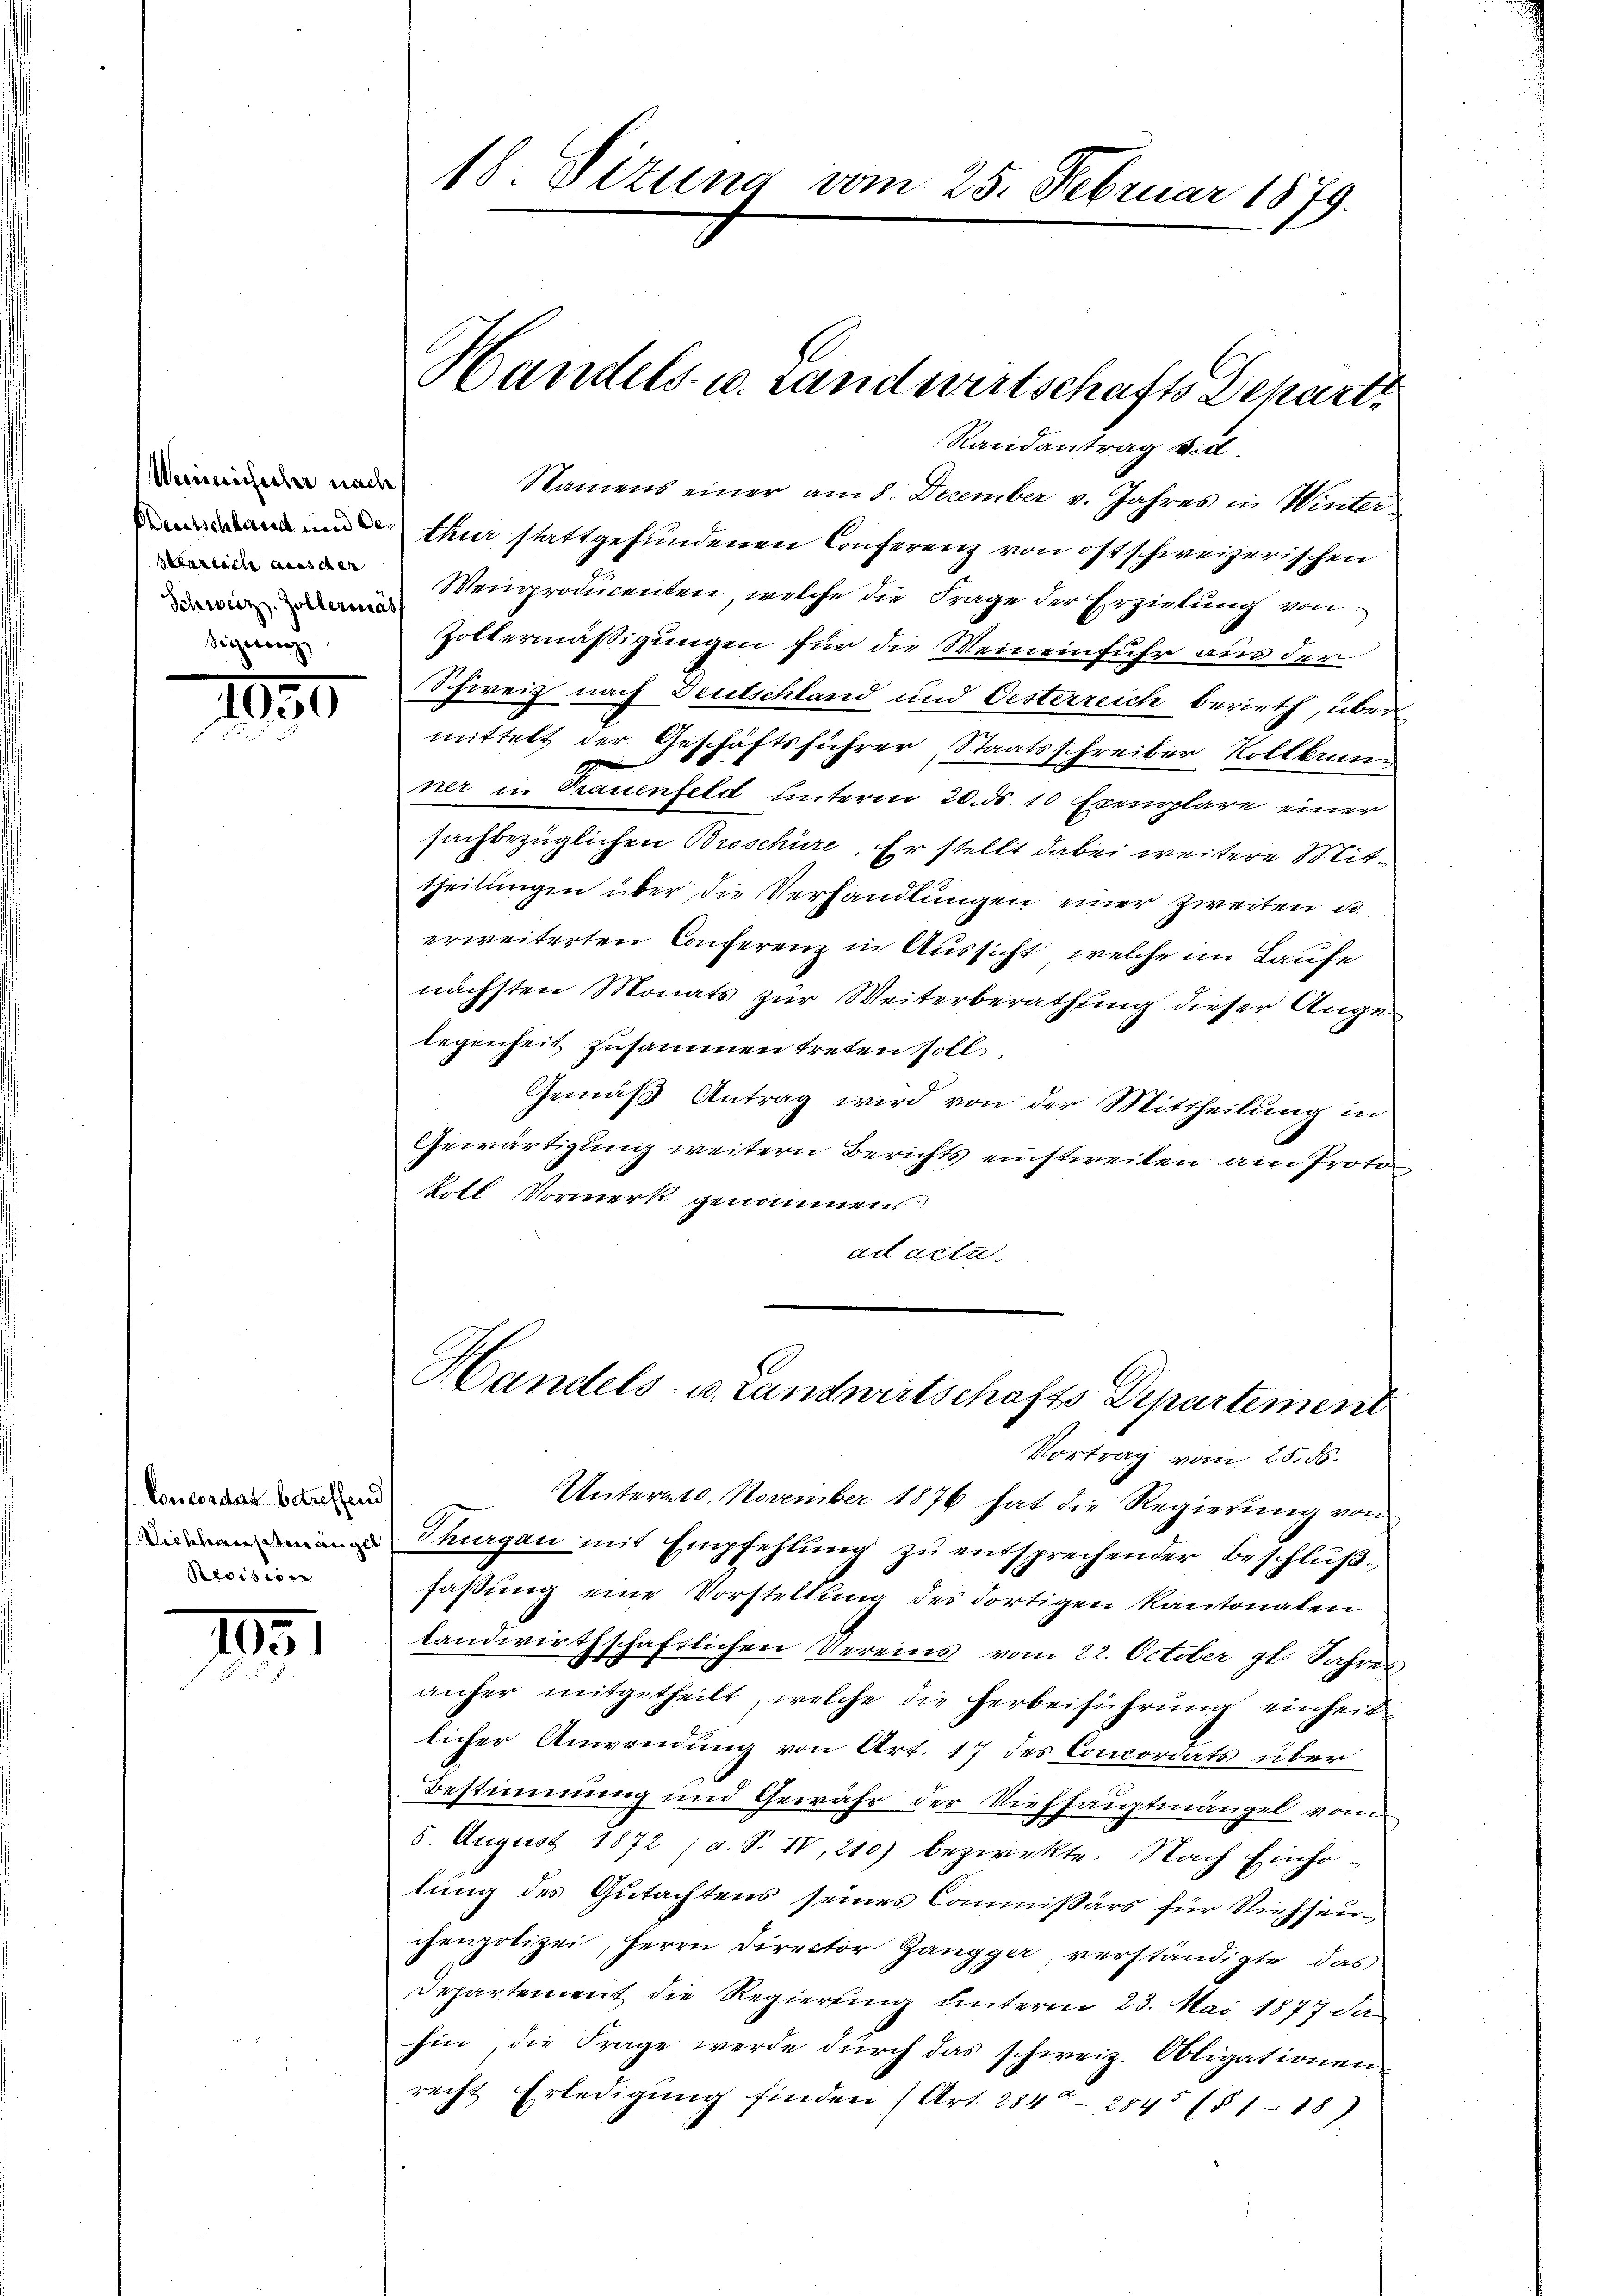
Weineinfacher nach
Oberreich aus der
Schweiz. Zöllermas
Seyervorg

1991

Concesdat betreffend
Revisier

1931

18 Sizung vom 25. Februar 1879.

Randantrag v. d.
Namens einer am 8. December v. Jahres in Winter
thur stattgefundenen Conferenz von ostschweizerischen
Weinproducenten, welche die Frage der Erziehung von
Zoltermäßigungen für die Weineinfuhr aus der
Schweiz nach Deutschland und Oesterreich berieth, über
mittelt der Geschäftsführer, Staatsschreiber Kollbrunner in Trauenfeld unterm 20. ds 10 Exemplare einer
sachbezüglichen Broschüre. Er stellt dabei weitere Mittheilŭngen über die Verhandlŭngen einer zweiten u.
erweiterten Conferenz in Aussicht, welche im Laufe
nächsten Monats zur Weiterberathung dieser Ange
legenheit zusammen treten soll
Gemäß Antrag wird von der Mittheilung in
Gewärtigung weitern Berichts einstweilen am Protortl. Vormerk genommen
ad acta.

Handels- u. Landwirtschafts Depart

Untermt. November 1876 hat die Regierung von
n Thurgau mit Empfehlŭng zŭ entsprechender Beschlußfaßung eine Vorstellung der dortigen Kantonalen
landwirthschaftlichen Vereins vom 22. October gl. Jahres
anher mitgetheilt, welche die Herbeiführung einheit
licher Anwendung von Art. 17 des Concordats über
Bestimmung und Gewähr der Viehhauptmängel vom
5. August 1872 (a. S. II, 210) bezweckte. Nach Einholung des Gutachtens seines Commissärs für Viehseuchenpolizei, Herrn Director Zangger verständigte, das
Departement die Regierung unterm 23. Mai 1877 da
hin, die Frage werde durch das schweiz. Obligationen
recht Erledigung finden (Art. 284. 284 (§ 118)

Handels- u. Landwirtschafts Departement
Vortrag vom 25. ds.